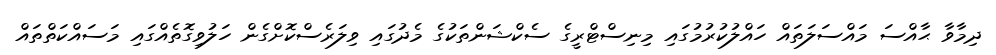
ދިމާވާ ޙާއްސަ މައްސަލަތައް ހައްލުކުރުމުގައި މިނިސްޓްރީގެ ސެކްޝަންތަކުގެ މެދުގައި ވިލަރެސްކޮށްގެން ހަލުވިގޮތެއްގައި މަސައްކަތްތައް